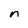
Character: n